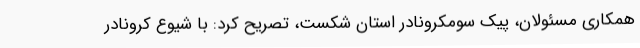
همکاری مسئولان، پیک سومکرونادر استان شکست، تصریح کرد: با شیوع کرونادر